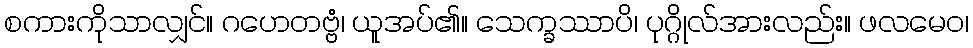
စကားကိုသာလျှင်။ ဂဟေတဗ္ဗံ၊ ယူအပ်၏။ သေက္ခဿာပိ၊ ပုဂ္ဂိုလ်အားလည်း။ ဖလမေဝ၊